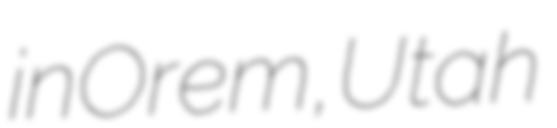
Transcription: in Orem, Utah